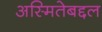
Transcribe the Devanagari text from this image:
अस्मितेबद्दल